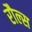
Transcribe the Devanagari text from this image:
रौल्स